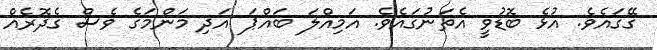
ގޭގައެވެ. އުޅެ ބޮޑުވީ އެތަނުގައެވެ. އަމިއްލަ ބައްޕަ އަދި މަންމަގެ ވެސް ގެދޮރެއް